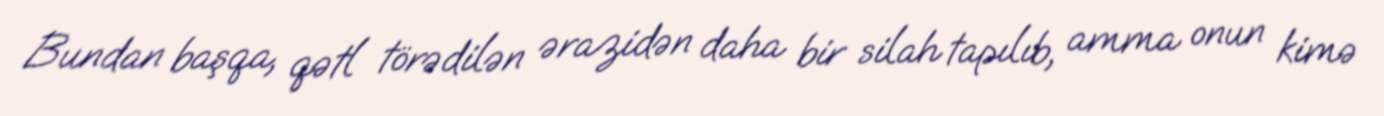
Bundan başqa, qətl törədilən ərazidən daha bir silah tapılıb, amma onun kimə